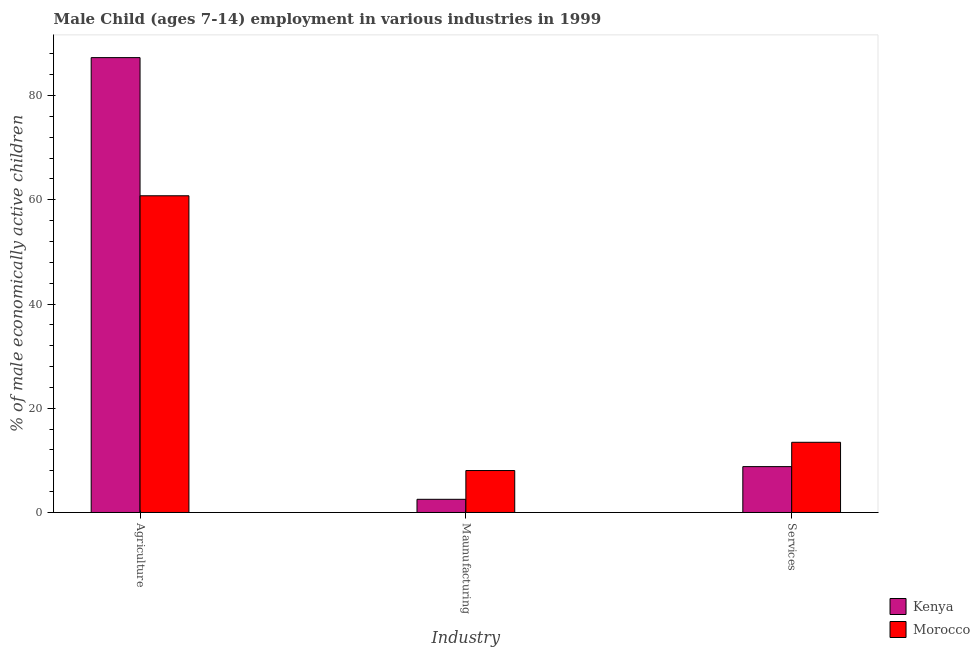
| Industry | Kenya | Morocco |
 | --- | --- | --- |
 | Agriculture | 87.3 | 60.8 |
 | Maunufacturing | 2.53 | 8.05 |
 | Services | 8.8 | 13.5 |